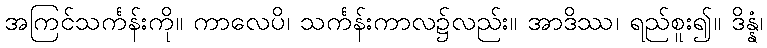
အကြင်သင်္ကန်းကို။ ကာလေပိ၊ သင်္ကန်းကာလ၌လည်း။ အာဒိဿ၊ ရည်စူး၍။ ဒိန္နံ၊